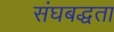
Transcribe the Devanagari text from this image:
संघबद्धता